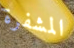
المشفرة